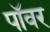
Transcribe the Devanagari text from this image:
पाॅवर